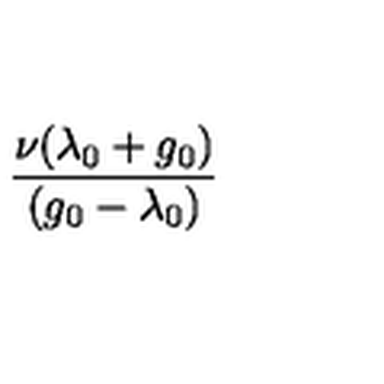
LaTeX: \frac { \nu ( \lambda _ { 0 } + g _ { 0 } ) } { ( g _ { 0 } - \lambda _ { 0 } ) }